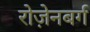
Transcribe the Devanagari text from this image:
रोज़ेनबर्ग